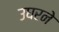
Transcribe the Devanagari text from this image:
उघरने